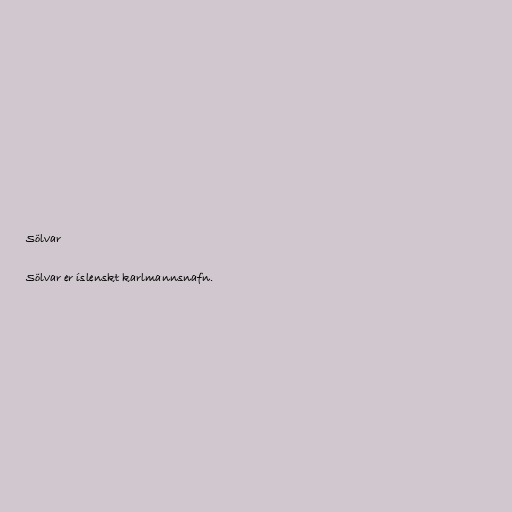
Sölvar

Sölvar er íslenskt karlmannsnafn.